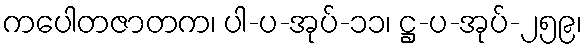
ကပေါတဇာတက၊ ပါ-ပ-အုပ်-၁၁၊ ဋ္ဌ-ပ-အုပ်-၂၅၉၊